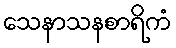
သေနာသနစာရိကံ